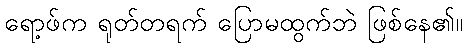
ရော့ဖ်က ရုတ်တရက် ပြောမထွက်ဘဲ ဖြစ်နေ၏။